Scientific memoirs by medical officers of the Army of India - Part VIII,
Year: 1894
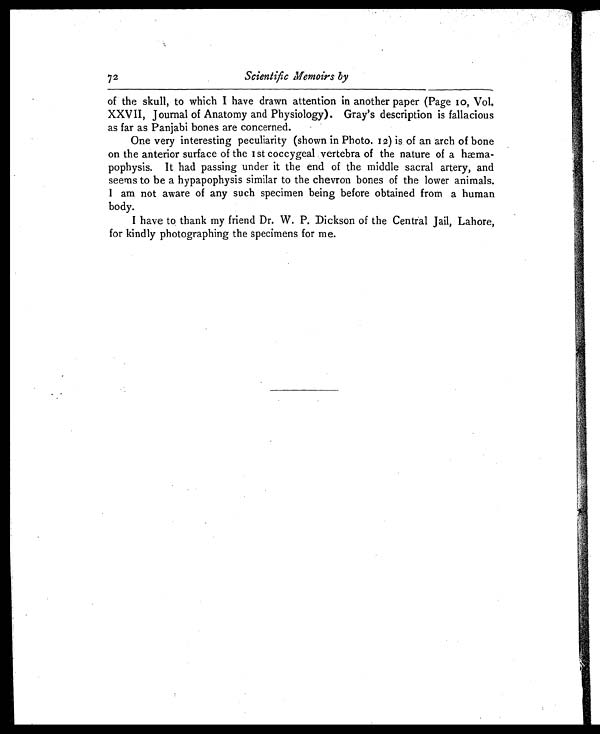
72
Scientific Memoirs by
of the skull, to which I have drawn attention in another paper (Page 10, Vol.
XXVII, Journal of Anatomy and Physiology). Gray's description is fallacious
as far as Panjabi bones are concerned.
One very interesting peculiarity (shown in Photo. 12) is of an arch of bone
on the anterior surface of the 1st coccygeal vertebra of the nature of a hæma
- p o p h y s i s . I t h a d p a s s i n g u n d e r i t t h e e n d o f t h e m i d d l e s a c r a l a r t e r y , a n d
seems to be a hypapophysis similar to the chevron bones of the lower animals.
I am not aware of any such specimen being before obtained from a human
body.
I have to thank my friend Dr. W. P. Dickson of the Central Jail, Lahore,
for kindly photographing the specimens for me.